Vaccination in Burma 1889-1999 - 1889-1999
Year: 1889
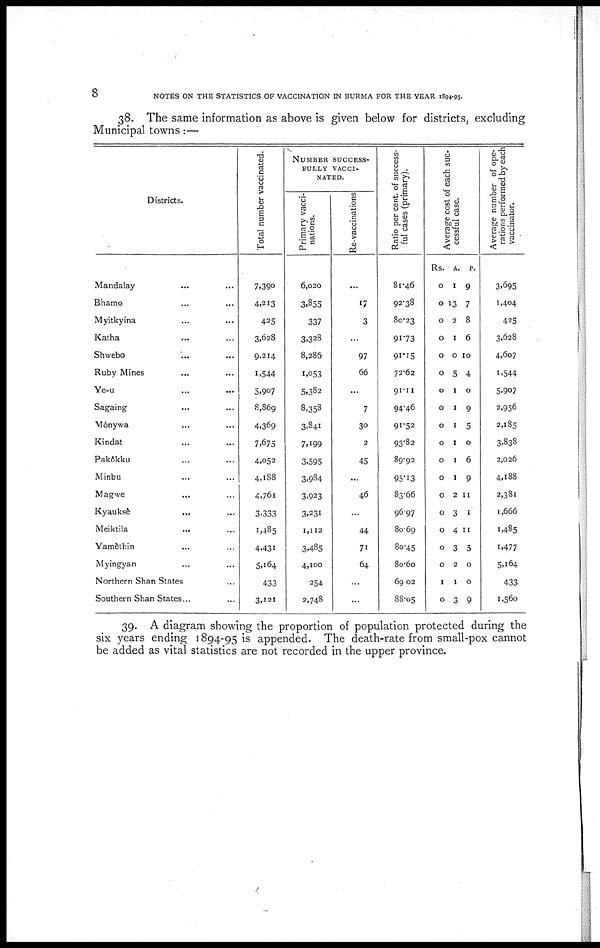
8
NOTES ON THE STATISTICS OF VACCINATION IN BURMA FOR THE YEAR 1894-95.
38. The same information as above is given below for districts, excluding
Municipal towns:—
Districts.
Mandalay ... ...
Bhamo ... ...
Myitkyina ... ...
Katha ... ...
Shwebo ... ...
Ruby Mines ... ...
Ye-u ... ...
Sagaing ... ...
Mônywa ... ...
Kindat ... ...
Pakôkku ... ...
Minbu ... ...
Magwe ... ...
Kyaukse
...
...
Meiktila ... ...
Yamèthin ... ...
Myingyan ... ...
Northern Shan States ...
Southern Shan States...
Total number vaccinated.
7,390
4,213
425
3,628
9,214
1,544
5,907
8,869
4,369
7,675
4,052
4,188
4,761
3,333
1,485
4,431
5,164
433
3,121
NUMBER SUCCESS-
FULLY VACCI-
NATED.
Primary vacci-
nations.
6,020
3,855
337
3,328
8,286
1,053
5,382
8,358
3,841
7,199
3,595
3,984
3,923
3,231
1,112
3,485
4,100
254
2,748
Re-vaccinations
...
17
3
...
97
66
...
7
30
2
45
...
46
...
44
71
64
...
...
Ratio per cent. of success-
ful cases (primary).
81.46
92.38
80.23
91.73
91.15
72.62
91.11
94.46
91.52
93.82
89.92
95.13
83.66
96.97
80.69
80.45
80.60
69.02
88.05
Average cost of each suc-
cessful case.
Rs.
0
0
0
0
0
0
0
0
0
0
0
0
0
0
0
0
0
1
0
A.
1
13
2
1
0
5
1
1
1
1
1
1
2
3
4
3
2
1
3
P.
9
7
8
6
10
4
0
9
5
0
6
9
11
1
11
5
0
0
9
Average number of ope-
rations performed by each
vaccinator.
3,695
1,404
425
3,628
4,607
1,544
5,907
2,956
2,185
3,838
2,026
4,188
2,381
1,666
1,485
1,477
5,164
433
1,560
39. A diagram showing the proportion of population protected during the
six years ending 1894-95 is appended. The death-rate from small-pox cannot
be added as vital statistics are not recorded in the upper province.